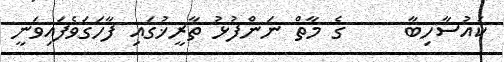
ކައުސާހިބާ     ގެ މާތް ނަންފުޅު ތާރީޚުގައި ފާހަގަވެފައިވަނީ